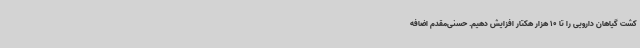
کشت گیاهان دارویی را تا 10 هزار هکتار افزایش دهیم. حسنی‌مقدم اضافه